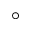
^ { \circ }